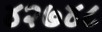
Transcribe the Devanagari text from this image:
४२७४८